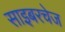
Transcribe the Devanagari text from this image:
साइबरचेज